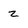
Character: z